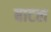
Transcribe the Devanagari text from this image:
बाटल